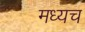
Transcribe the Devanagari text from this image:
मध्यच